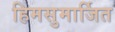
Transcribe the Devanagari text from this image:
हिमसुमार्जित